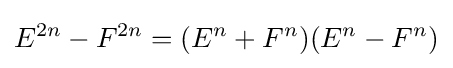
E^{2n}-F^{2n}=(E^{n}+F^{n})(E^{n}-F^{n})